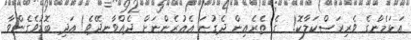
އަޅަމެންގެ ވެރިރަސްކަލާކޮ!  ގެ ތެރެއިން ދެގުނަ އެއުރެންނަށް ދެއްވާނދޭވެ! އަދި ބޮޑުވެގެންވާ